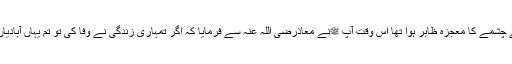
عہد رسول میں پانی کے چشمے کا معجزہ ظاہر ہوا تھا اس وقت آپ ﷺنے معاذرضی اللہ عنہ سے فرمایا کہ اگر تمہاری زندگی نے وفا کی تو تم یہاں آبادیاں اور باغات دیکھوگے ۔